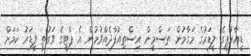
ޑީއާރުޕީގެ ލީޑަރުގެ މަގާމުން ތަސްމީން އިސްތިއުފާދެއްވުމުން އެ ޕާޓީގެ ވަގުތީ ލީޑަރު ކަމަށް